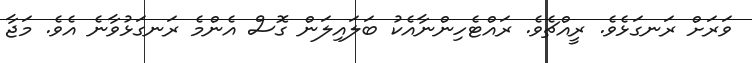
ވަރަށް ރަނގަޅެވެ. ރީއްޗެވެ. ރައްޓެހިންނާއެކު ބަަލައިލަން ގޮސް އެންމެ ރަނގަޅުވާނެ އެވެ. މަޖާ